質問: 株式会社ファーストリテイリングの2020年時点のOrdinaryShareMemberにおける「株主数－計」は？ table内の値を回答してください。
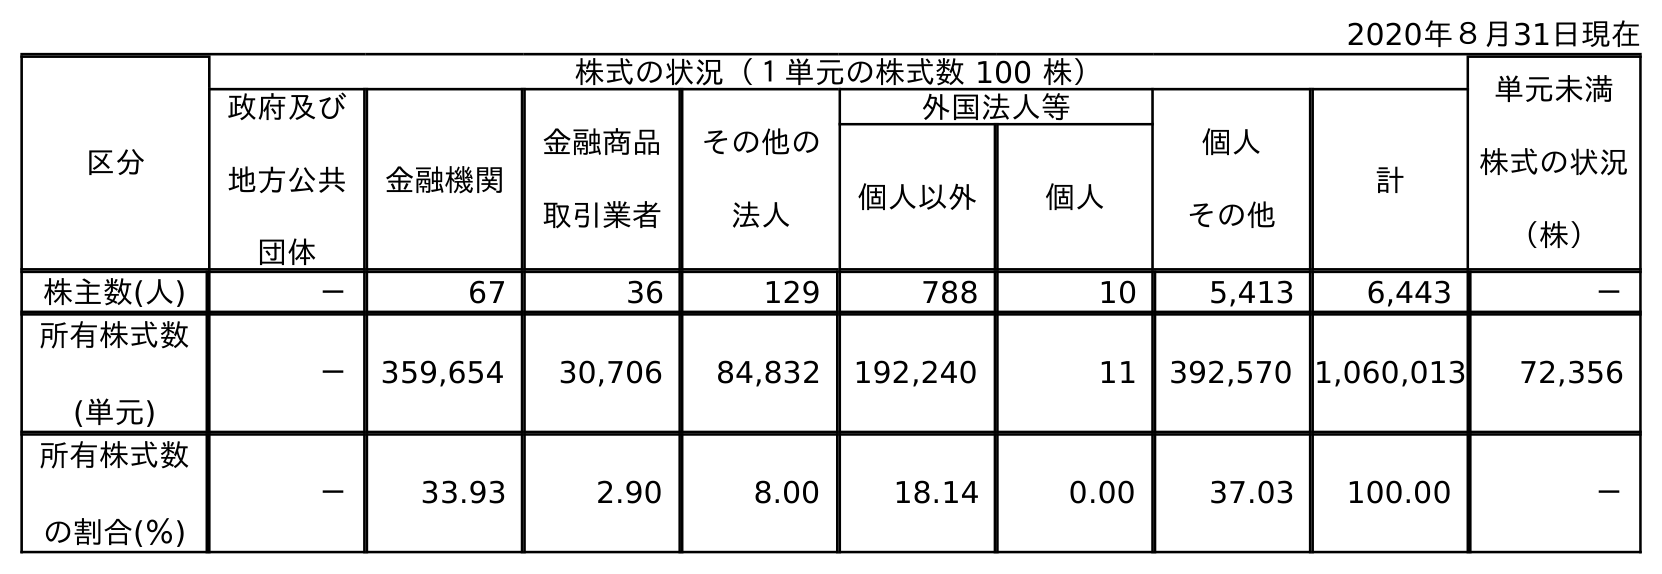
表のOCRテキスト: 2020年８月31日現在 区分 株式の状況（１単元の株式数 100 株） 単元未満 株式の状況 （株） 政府及び 地方公共 団体 金融機関 金融商品 取引業者 その他の 法人 外国法人等 個人 その他 計 個人以外 個人 株主数(人) － 67 36 129 788 10 5,413 6,443 － 所有株式数 (単元) － 359,654 30,706 84,832 192,240 11 392,570 1,060,013 72,356 所有株式数 の割合(％) － 33.93 2.90 8.00 18.14 0.00 37.03 100.00 －
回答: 6,443